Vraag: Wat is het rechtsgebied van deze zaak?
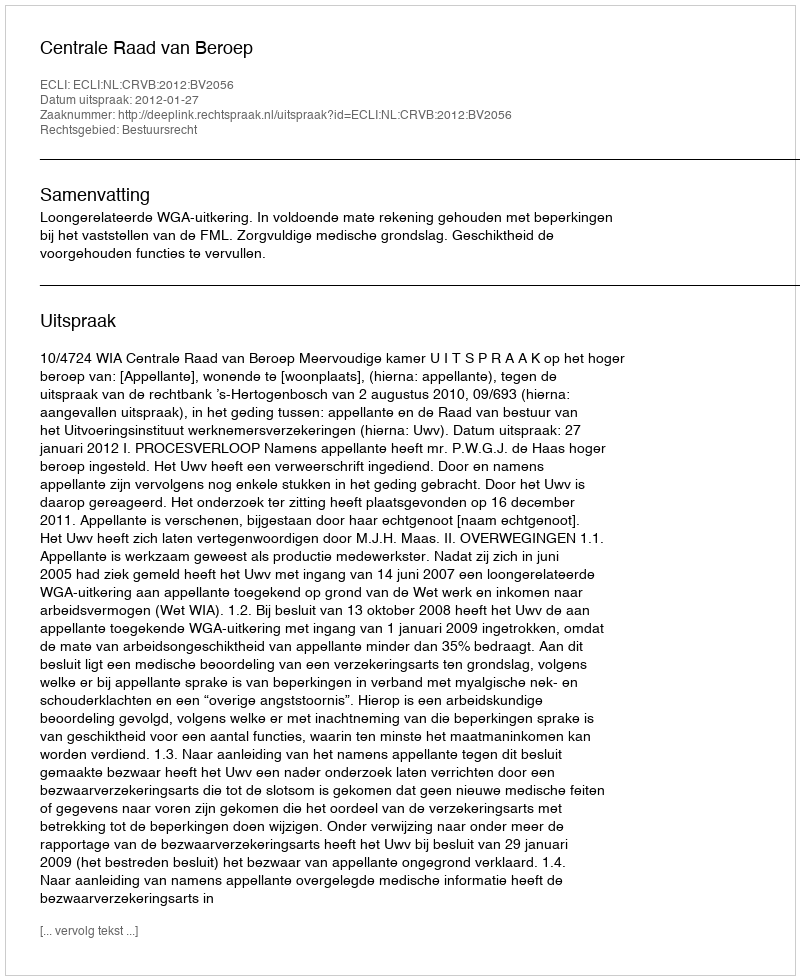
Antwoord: Bestuursrecht